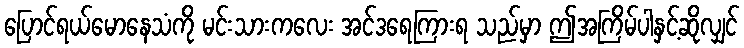
ပြောင်ရယ်မောနေသံကို မင်းသားကလေး အင်ဒရေကြားရ သည်မှာ ဤအကြိမ်ပါနှင့်ဆိုလျှင်